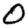
Digit: 0